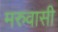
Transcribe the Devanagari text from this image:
मरुवासी